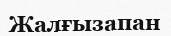
Жалғызапан